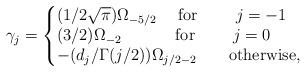
\begin{align*} \gamma_j= \left\{ \begin{minipage}[c]{7cm} $(1/ 2\sqrt{\pi}) {\Omega_{-5/2}} \quad$ {\rm for} \qquad $j=-1$\\ ${(3/ 2)} \Omega_{-2} \quad\qquad$ {\rm for} \qquad $j=0$\\ ${-(d_j / \Gamma(j/2))}\Omega_{j/2-2} \qquad \rm{otherwise}$, \end{minipage}\right.\end{align*}